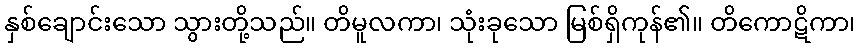
နှစ်ချောင်းသော သွားတို့သည်။ တိမူလကာ၊ သုံးခုသော မြစ်ရှိကုန်၏။ တိကောဋိကာ၊